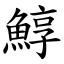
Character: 鯙